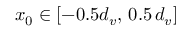
x _ { 0 } \in [ - 0 . 5 d _ { v } , \, 0 . 5 \, d _ { v } ]